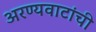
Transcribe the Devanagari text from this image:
अरण्यवाटांची